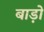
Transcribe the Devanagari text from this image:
बाड़ो